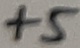
Text: +5